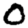
Digit: 0